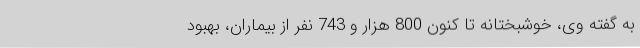
به گفته وی، خوشبختانه تا کنون 800 هزار و 743 نفر از بیماران، بهبود